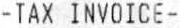
-TAX INVOICE-